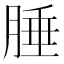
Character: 腄